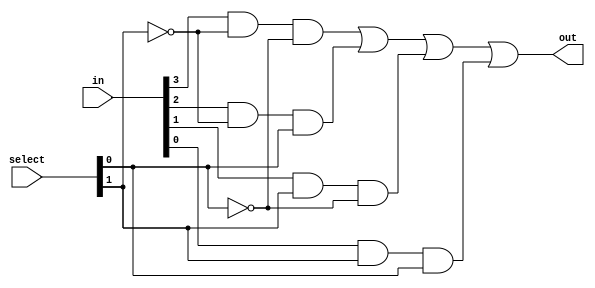
module mux4To1_gate(out, in, select);
  input [0:3]in;
  input [0:1]select;
  output  out;
  wire  [0:1]nselect;
  wire  a1, a2, a3, a4;
  
  not g1(nselect[0], select[0]);
  not g2(nselect[1], select[1]);
  
  and g3(a1, in[0], nselect[0], nselect[1]);
  and g4(a2, in[1], nselect[0], select[1]);
  and g5(a3, in[2], select[0], nselect[1]);
  and g6(a4, in[3], select[0], select[1]);
  
  or  g7(out, a1, a2, a3, a4);
endmodule